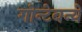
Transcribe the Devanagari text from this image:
गोन्टेबन्ये